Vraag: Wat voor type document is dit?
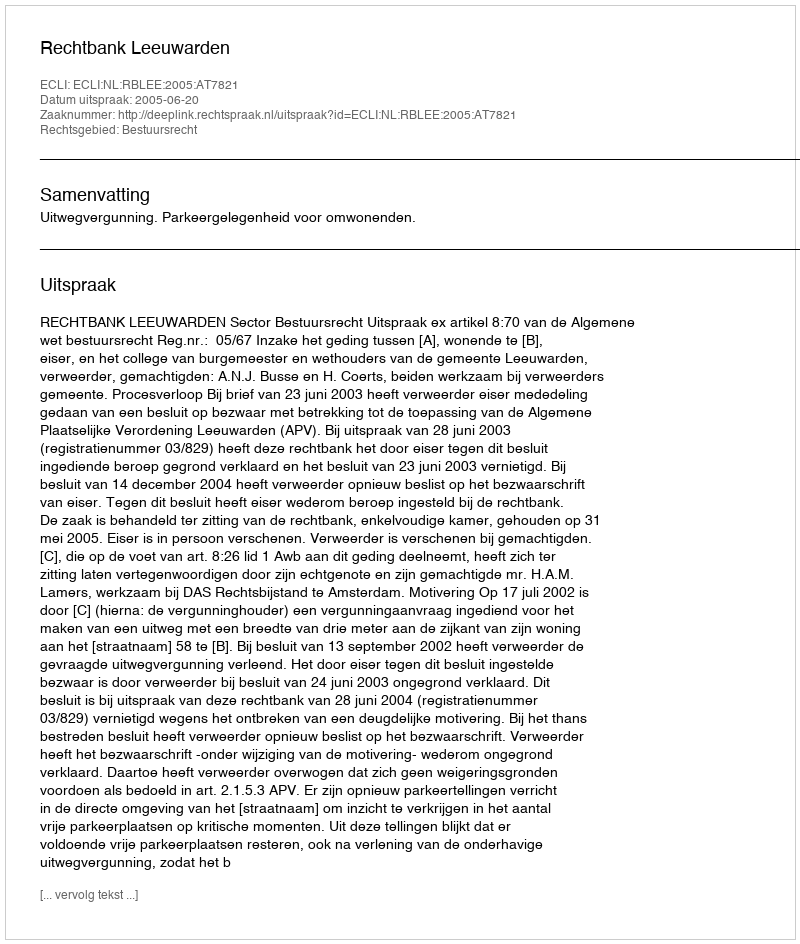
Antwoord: Uitspraak